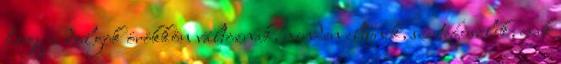
hogy a dolgok örökkön változnak, minden eltűnik, szertefoszlik, csak